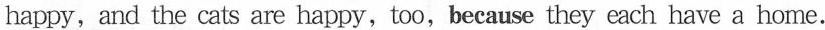
happy,and the cats are happy,too,because they each have a home.